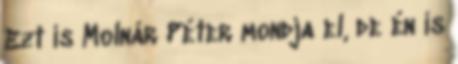
Ezt is Molnár Péter mondja el, de én is